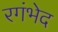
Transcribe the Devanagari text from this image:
रगंभेद